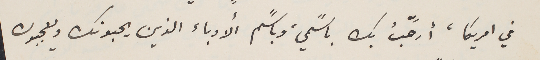
في امريكا، أرَحّبُ بك باسًمي، وباسًم الأدباء الذين يحبونك ويعجبون